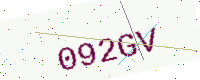
Text: 092GV